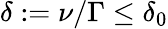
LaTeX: \delta:=\nu/\Gamma\le\delta_{0}